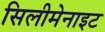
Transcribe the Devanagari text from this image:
सिलीमेनाइट